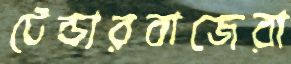
টেন্ডারবাজেরা